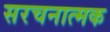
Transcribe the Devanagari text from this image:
सरचनात्मक